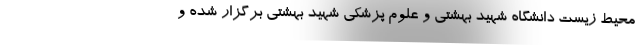
محیط زیست دانشگاه شهید بهشتی و علوم پزشکی شهید بهشتی برگزار شده و